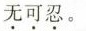
无可忍。